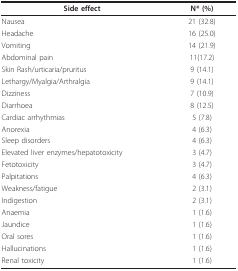
<table><thead><tr><td><b>Side effect</b></td><td><b>N* (%)</b></td></tr></thead><tbody><tr><td>Nausea</td><td>21 (32.8)</td></tr><tr><td>Headache</td><td>16 (25.0)</td></tr><tr><td>Vomiting</td><td>14 (21.9)</td></tr><tr><td>Abdominal pain</td><td>11(17.2)</td></tr><tr><td>Skin Rash/urticaria/pruritus</td><td>9 (14.1)</td></tr><tr><td>Lethargy/Myalgia/Arthralgia</td><td>9 (14.1)</td></tr><tr><td>Dizziness</td><td>7 (10.9)</td></tr><tr><td>Diarrhoea</td><td>8 (12.5)</td></tr><tr><td>Cardiac arrhythmias</td><td>5 (7.8)</td></tr><tr><td>Anorexia</td><td>4 (6.3)</td></tr><tr><td>Sleep disorders</td><td>4 (6.3)</td></tr><tr><td>Elevated liver enzymes/hepatotoxicity</td><td>3 (4.7)</td></tr><tr><td>Fetotoxicity</td><td>3 (4.7)</td></tr><tr><td>Palpitations</td><td>4 (6.3)</td></tr><tr><td>Weakness/fatigue</td><td>2 (3.1)</td></tr><tr><td>Indigestion</td><td>2 (3.1)</td></tr><tr><td>Anaemia</td><td>1 (1.6)</td></tr><tr><td>Jaundice</td><td>1 (1.6)</td></tr><tr><td>Oral sores</td><td>1 (1.6)</td></tr><tr><td>Hallucinations</td><td>1 (1.6)</td></tr><tr><td>Renal toxicity</td><td>1 (1.6)</td></tr></tbody></table>